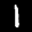
Label: 1